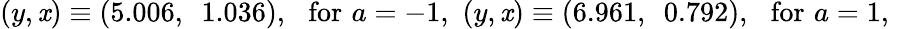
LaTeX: (y,\mathit{x})\equiv(5.006,~~1.036),\, \, \, \, \mathrm{{for}}\, \, a=-1,\, \, (y,\mathit{x})\equiv(6.961,~~0.792),\, \, \, \, \mathrm{{for}}\, \, a=1,\, \,